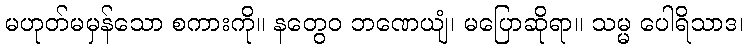
မဟုတ်မမှန်သော စကားကို။ နတွေဝ ဘဏေယျံ၊ မပြောဆိုရာ။ သမ္မ ပေါရိသာဒ၊